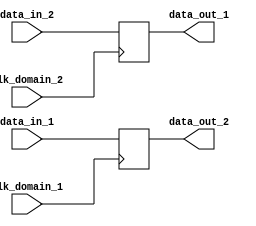
module dual_port_bypass_reg (
    input wire clk_domain_1,
    input wire clk_domain_2,
    input wire [31:0] data_in_1,
    input wire [31:0] data_in_2,
    output reg [31:0] data_out_1,
    output reg [31:0] data_out_2
);

reg [31:0] internal_data;

always @ (posedge clk_domain_1) begin
    internal_data <= data_in_1;
    data_out_2 <= data_in_1;
end

always @ (posedge clk_domain_2) begin
    internal_data <= data_in_2;
    data_out_1 <= data_in_2;
end

endmodule